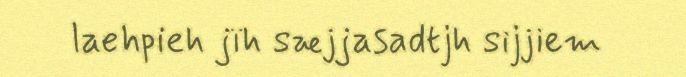
laehpieh jïh sæjjasadtjh sijjiem